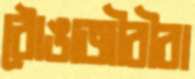
ঠোঙাজীবীরা